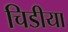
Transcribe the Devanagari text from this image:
चिडीया